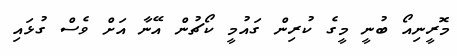
މޮރީނިއޯ ބުނީ މީގެ ކުރިން ގައުމީ ކޯޗުން އޭނާ އަށް ވެސް ގުޅައި